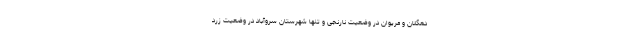
دهگلان و مریوان در وضعیت نارنجی و تنها شهرستان سروآباد در وضعیت زرد